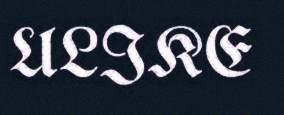
ULIKE